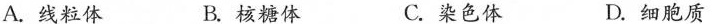
A.线粒体 B.核糖体 C.染色体 D.细胞质